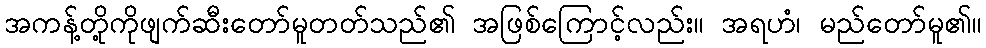
အကန့်တို့ကိုဖျက်ဆီးတော်မူတတ်သည်၏ အဖြစ်ကြောင့်လည်း။ အရဟံ၊ မည်တော်မူ၏။